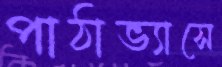
পাঠাভ্যাসে